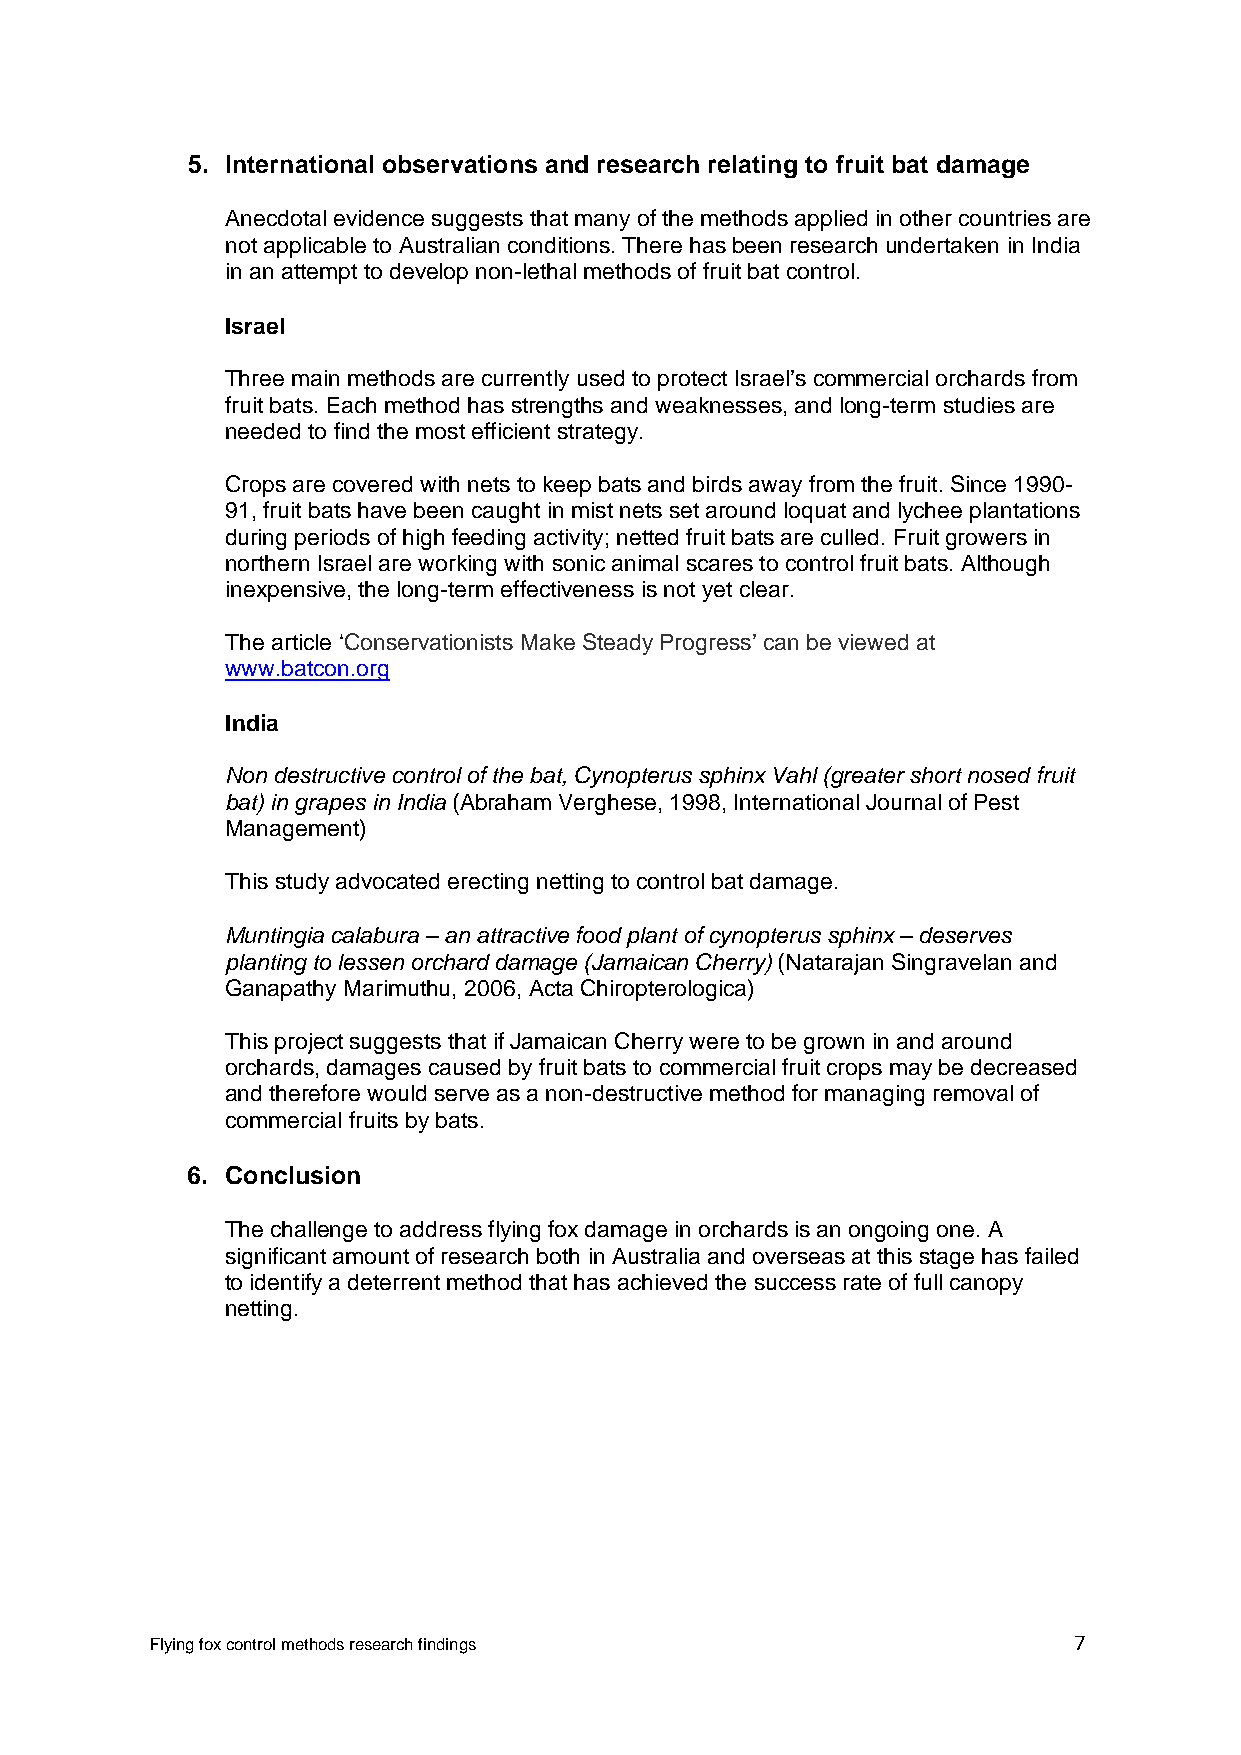
5. International observations and research relating to fruit bat damage
 Anecdotal evidence suggests that many of the methods applied in other countries are
 not applicable to Australian conditions. There has been research undertaken in India
 in an attempt to develop non-lethal methods of fruit bat control.
 Israel
 Three main methods are currently used to protect Israel’s commercial orchards from
 fruit bats. Each method has strengths and weaknesses, and long-term studies are
 needed to find the most efficient strategy.
 Crops are covered with nets to keep bats and birds away from the fruit. Since 1990-
 91, fruit bats have been caught in mist nets set around loquat and lychee plantations
 during periods of high feeding activity; netted fruit bats are culled. Fruit growers in
 northern Israel are working with sonic animal scares to control fruit bats. Although
 inexpensive, the long-term effectiveness is not yet clear.
 The article ‘Conservationists Make Steady Progress’ can be viewed at
 www.batcon.org
 India
 Non destructive control of the bat, Cynopterus sphinx Vahl (greater short nosed fruit
 bat) in grapes in India (Abraham Verghese, 1998, International Journal of Pest
 Management)
 This study advocated erecting netting to control bat damage.
 Muntingia calabura – an attractive food plant of cynopterus sphinx – deserves
 planting to lessen orchard damage (Jamaican Cherry) (Natarajan Singravelan and
 Ganapathy Marimuthu, 2006, Acta Chiropterologica)
 This project suggests that if Jamaican Cherry were to be grown in and around
 orchards, damages caused by fruit bats to commercial fruit crops may be decreased
 and therefore would serve as a non-destructive method for managing removal of
 commercial fruits by bats.
 6. Conclusion
 The challenge to address flying fox damage in orchards is an ongoing one. A
 significant amount of research both in Australia and overseas at this stage has failed
 to identify a deterrent method that has achieved the success rate of full canopy
 netting.
 Flying fox control methods research findings                 7